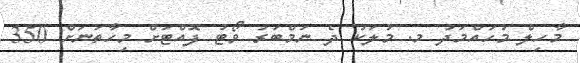
މާހިލް މުހައްމަދު މ. މުލަކު ދެ ނަމްބަރު ވޯޓު ފޮއްޓަށް މިހާތަނަށް 350